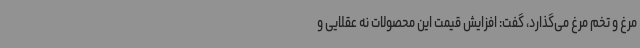
مرغ و تخم مرغ می‌گذارد، گفت: افزایش قیمت‌ این محصولات نه عقلایی و